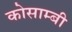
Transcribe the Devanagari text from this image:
कोसाम्बी